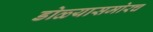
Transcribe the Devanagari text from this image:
डोळ्यासमोरच